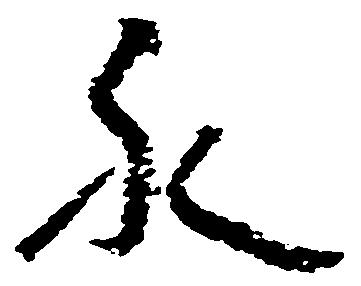
永